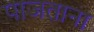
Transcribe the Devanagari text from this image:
पाजताना